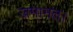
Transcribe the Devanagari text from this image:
जमानत।